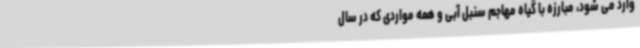
وارد می شود، مبارزه با گیاه مهاجم سنبل آبی و همه مواردی که در سال